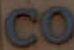
CO